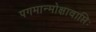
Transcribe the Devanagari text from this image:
पगमान्मोक्षावाप्तिः